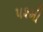
૫૨મી